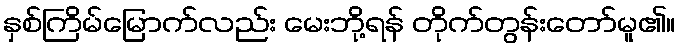
နှစ်ကြိမ်မြောက်လည်း မေးဘို့ရန် တိုက်တွန်းတော်မူ၏။